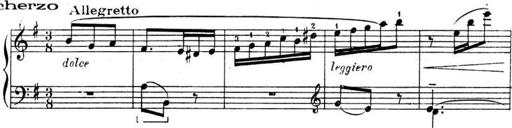
Title: Sonatines
Composer: Hedwige ChrÃ©tien